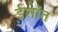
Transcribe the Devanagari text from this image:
ईशांत